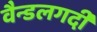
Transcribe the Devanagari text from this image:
वैन्डलगर्दी